Source: Handwritten
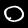
Digit: ၀ (0)